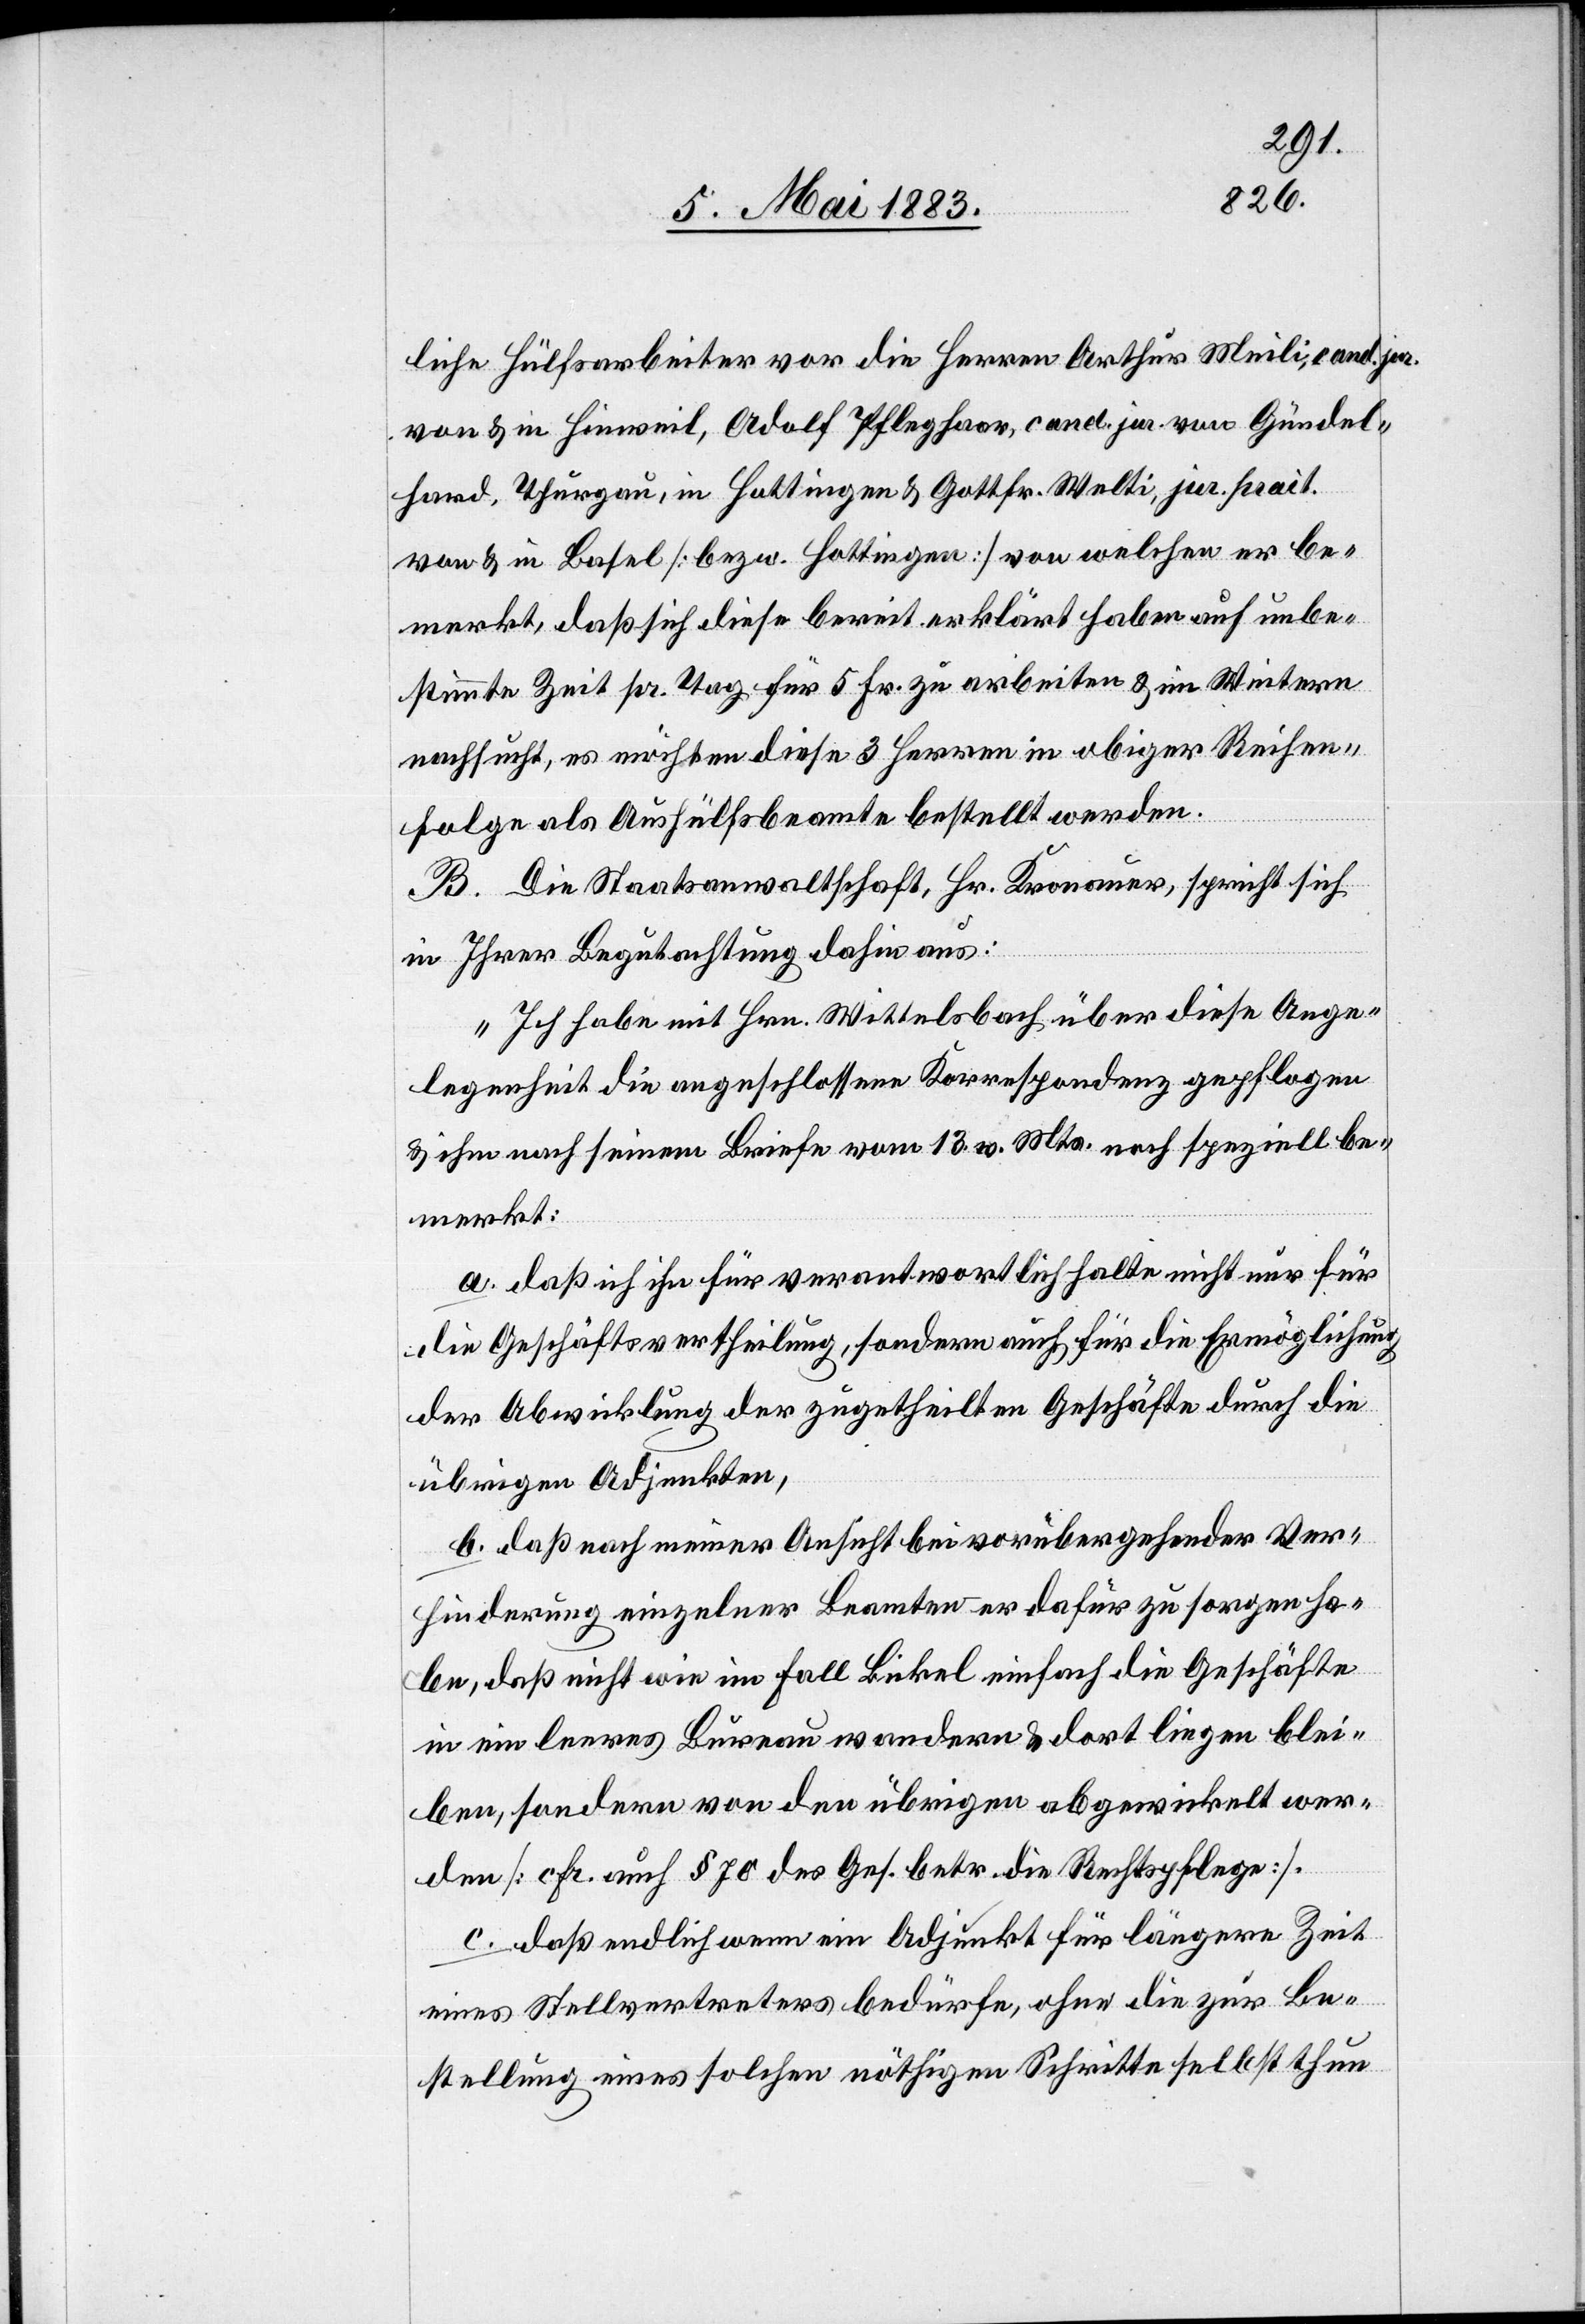
liche Hülfsarbeiter vor die Herren Arthur Meili, cand. jur.
von & in Hinweil, Adolf Pfleghaar, cand. jur. von Gündel¬
hard, Thurgau, in Hottingen & Gottfr. Welti, jur. pract.
von & in Basel [bezw. Hottingen] von welchen er be¬
merkt, daß sich diese bereit erklärt haben auf unbe¬
stimmte Zeit pr. Tag für 5 Fr. zu arbeiten & im Weitern
nachsucht, es möchten diese 3 Herren in obiger Reihen¬
folge als Aushülfsbeamte bestellt werden.
B. Die Staatsanwaltschaft, Hr. Kronauer, spricht sich
in Ihrer Begutachtung dahin aus:
„Ich habe mit Hrn. Wittelsbach über diese Ange¬
legenheit die angeschlossene Korrespondenz gepflogen
& ihm nach seinem Briefe vom 13. v. Mts. noch speziell be¬
merkt:
a. daß ich ihn für verantwortlich halte nicht nur für
die Geschäftsertheilung, sondern auch für die Ermöglichung
der Abwicklung der zugetheilten Geschäfte durch die
übrigen Adjunkten,
b. daß nach meiner Ansicht bei vorübergehender Ver¬
hinderung einzelner Beamten er dafür zu sorgen ha¬
be, daß nicht wie im Fall Bickel einfach die Geschäfte
in ein leeres Bureau wandern & dort liegen blei¬
ben, sondern von den übrigen abgewickelt wer¬
den [cfr. auch § 70 des Ges. betr. die Rechtspflege].
c. daß endlich wenn ein Adjunkt für längere Zeit
eines Stellvertreters bedürfe, ohne die zur Be¬
stellung eines solchen nöthigen Schrittes selbst thun